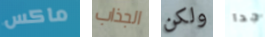
ماكس الجذاب ولكن جدا